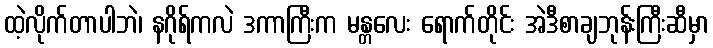
ထဲ့လိုက်တာပါဘဲ၊ နဂိုရ်ကလဲ ဒကာကြီးက မန္တလေး ရောက်တိုင်း အဲဒီစာချဘုန်းကြီးဆီမှာ